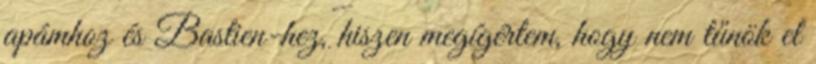
apámhoz és Bastien-hez, hiszen megígértem, hogy nem tűnök el